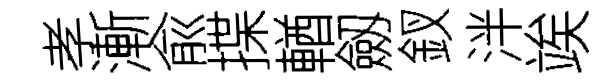
孝漸兪揲輶劔釵泮竢